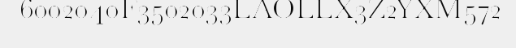
6002040F3502033LAOLLX3Z2YXM572